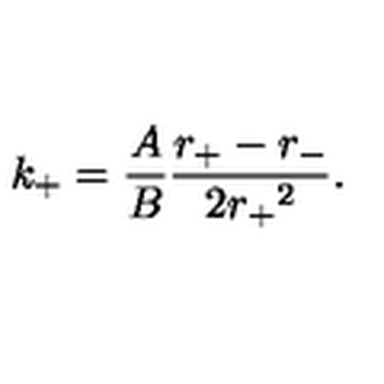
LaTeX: k _ { + } = \frac { A } { B } \frac { r _ { + } - r _ { - } } { 2 { r _ { + } } ^ { 2 } } .